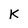
Character: K